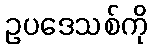
ဥပဒေသစ်ကို